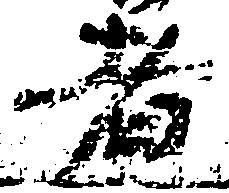
者